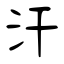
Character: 汗